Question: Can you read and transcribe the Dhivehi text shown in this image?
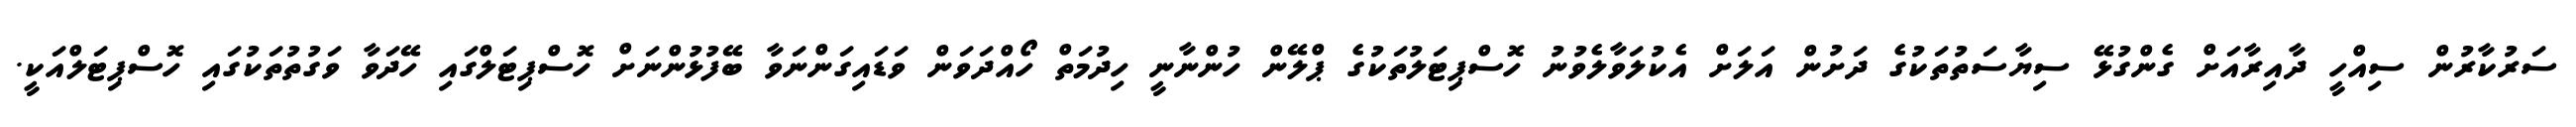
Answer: ސަރުކާރުން ސިއްހީ ދާއިރާއަށް ގެންގުޅޭ ސިޔާސަތުތަކުގެ ދަށުން އަލަށް އެކުލަވާލެވުނު ހޮސްޕިޓަލުތަކުގެ ޕްލޭން ހުންނާނީ ހިދުމަތް ހޯއްދަވަން ވަޑައިގަންނަވާ ބޭފުޅުންނަށް ހޮސްޕިޓަލްގައި ހޭދަވާ ވަގުތުތަކުގައި ހޮސްޕިޓަލްއަކީ.